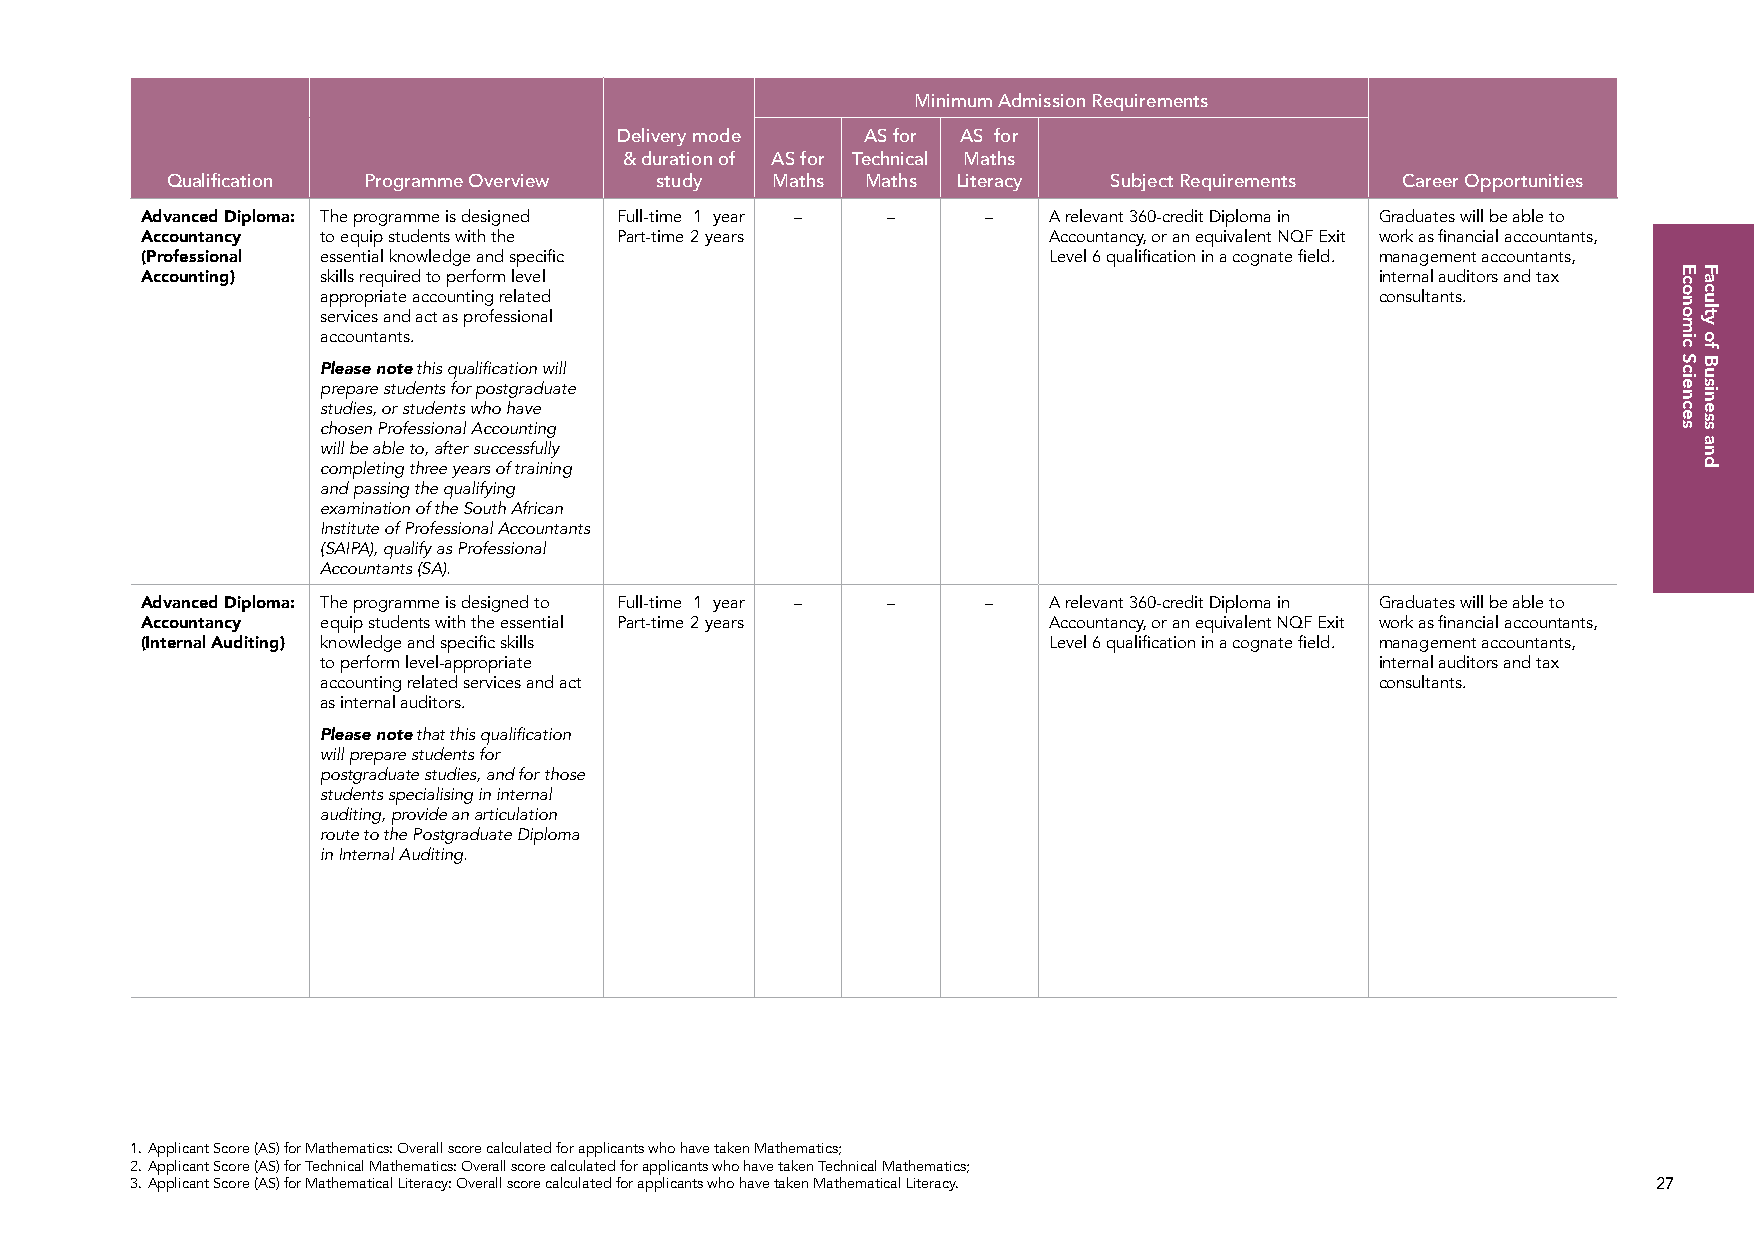
Minimum Admission Requirements
 Delivery mode   AS for AS for
 & duration of AS for Technical Maths
 Qualification Programme Overview study  Maths Maths Literacy   Subject Requirements Career Opportunities
 Advanced Diploma: The programme is designed Full-time 1 year – – – A relevant 360-credit Diploma in Graduates will be able to
 Accountancy to equip students with the Part-time 2 years    Accountancy, or an equivalent NQF Exit work as financial accountants,
 (Professional essential knowledge and specific              Level 6 qualification in a cognate field. management accountants,
 Accounting) skills required to perform level                                      internal auditors and tax
 appropriate accounting related                                        consultants.
 services and act as professional
 accountants.
 Please note this qualification will
 prepare students for postgraduate
 studies, or students who have
 chosen Professional Accounting
 will be able to, after successfully
 completing three years of training
 and passing the qualifying
 examination of the South African
 Institute of Professional Accountants
 (SAIPA), qualify as Professional
 Accountants (SA).
 Advanced Diploma: The programme is designed to Full-time 1 year – – – A relevant 360-credit Diploma in Graduates will be able to
 Accountancy equip students with the essential Part-time 2 years Accountancy, or an equivalent NQF Exit work as financial accountants,
 (Internal Auditing) knowledge and specific skills           Level 6 qualification in a cognate field. management accountants,
 to perform level-appropriate                                          internal auditors and tax
 accounting related services and act                                   consultants.
 as internal auditors.
 Please note that this qualification
 will prepare students for
 postgraduate studies, and for those
 students specialising in internal
 auditing, provide an articulation
 route to the Postgraduate Diploma
 in Internal Auditing.
 1. Applicant Score (AS) for Mathematics: Overall score calculated for applicants who have taken Mathematics;
 2. Applicant Score (AS) for Technical Mathematics: Overall score calculated for applicants who have taken Technical Mathematics;
 3. Applicant Score (AS) for Mathematical Literacy: Overall score calculated for applicants who have taken Mathematical Literacy. 27
 Economic
 Sciences
 Faculty
 of
 Business
 and